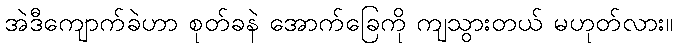
အဲဒီကျောက်ခဲဟာ စုတ်ခနဲ အောက်ခြေကို ကျသွားတယ် မဟုတ်လား။